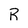
Character: R